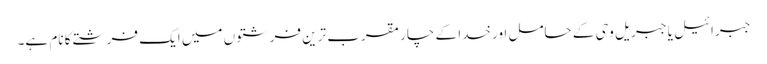
جبرائیل یا جبریل وحی کے حامل اور خدا کے چار مقرب ترین فرشتوں میں ایک فرشتے کا نام ہے۔